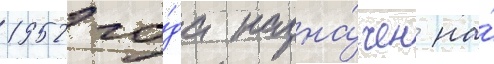
1952 го́да назна́чен на́